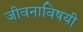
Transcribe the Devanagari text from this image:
जीवनाविषयी